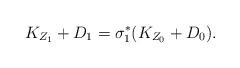
LaTeX: \begin{align*}K_{Z_1}+D_1 = \sigma_1^* (K_{Z_0}+D_0).\end{align*}